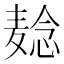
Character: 𬹌